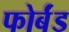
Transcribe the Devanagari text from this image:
फोर्बंड